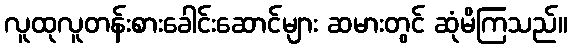
လူထုလူတန်းစားခေါင်းဆောင်များ ဆမားတွင် ဆုံမိကြသည်။